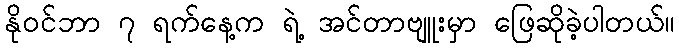
နိုဝင်ဘာ ၇ ရက်နေ့က ရဲ့ အင်တာဗျူးမှာ ဖြေဆိုခဲ့ပါတယ်။